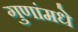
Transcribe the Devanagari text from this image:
गुणांमधे